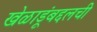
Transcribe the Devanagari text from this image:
खेळाडूंबद्दलची